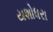
યશોધરા